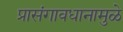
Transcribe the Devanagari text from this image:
प्रासंगावधानामुळे